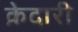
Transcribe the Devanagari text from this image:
क़ेदारी